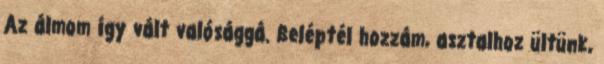
Az álmom így vált valósággá. Beléptél hozzám, asztalhoz ültünk,